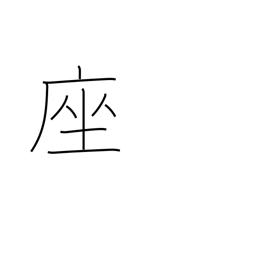
Meaning: cushion